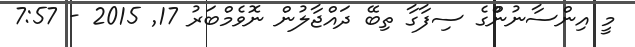
މީ އިންސާނުންްްްގެ ސިފާގާ ތިބޭ ދައްޖާލުން ނޮވެމްބަރު 17